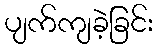
ပျက်ကျခဲ့ခြင်း